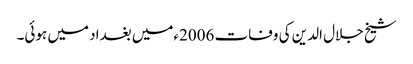
شیخ جلال الدین کی وفات 2006ءمیں بغداد میں ہوئی۔